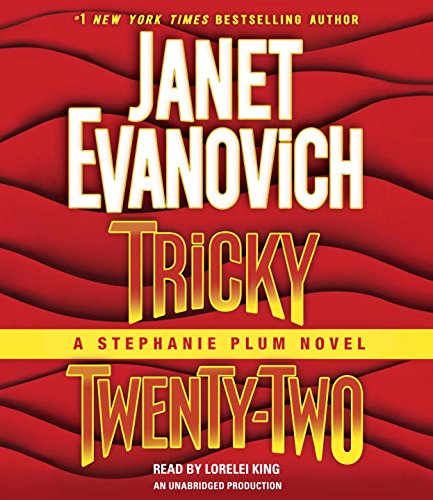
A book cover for Tricky Twenty-Two: A Stephanie Plum Novel; Janet Evanovich; Literature & Fiction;